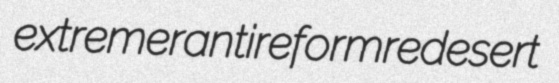
extremer antireform redesert